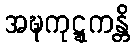
အဍ္ဎကုဋ္ဋကန္တိ